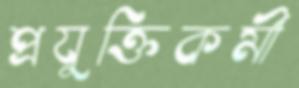
প্রযুক্তিকর্মী